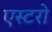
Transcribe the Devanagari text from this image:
एस्टरो